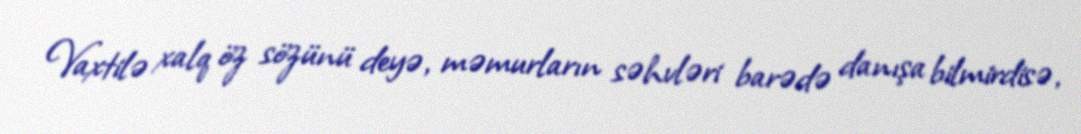
Vaxtilə xalq öz sözünü deyə, məmurların səhvləri barədə danışa bilmirdisə,